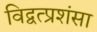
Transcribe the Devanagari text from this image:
विद्वत्प्रशंसा